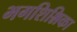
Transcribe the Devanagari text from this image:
भगशिश्निका